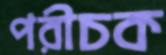
পরীচক